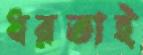
ধরতাই